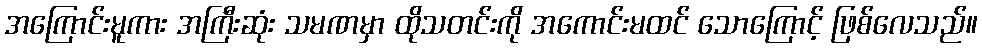
အကြောင်းမူကား အကြီးဆုံး သမဏမှာ ထိုသတင်းကို အကောင်းမထင် သောကြောင့် ဖြစ်လေသည်။